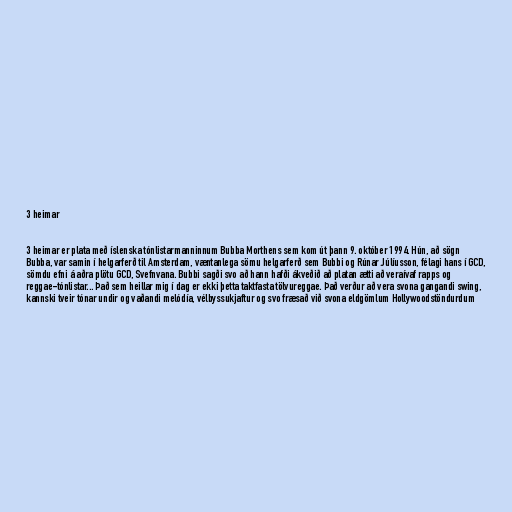
3 heimar

3 heimar er plata með íslenska tónlistarmanninnum Bubba Morthens sem kom út þann 9. október 1994. Hún, að sögn
Bubba, var samin í helgarferð til Amsterdam, væntanlega sömu helgarferð sem Bubbi og Rúnar Júlíusson, félagi hans í GCD,
sömdu efni á aðra plötu GCD, Svefnvana. Bubbi sagði svo að hann hafði ákveðið að platan ætti að veraívaf rapps og
reggae-tónlistar... Það sem heillar mig í dag er ekki þetta taktfasta tölvureggae. Það verður að vera svona gangandi swing,
kannski tveir tónar undir og vaðandi melódía, vélbyssukjaftur og svo fræsað við svona eldgömlum Hollywoodstöndurdum